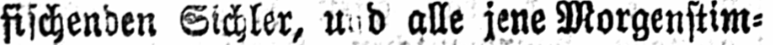
alle jene Morgenstim⸗